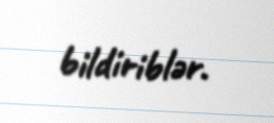
bildiriblər.